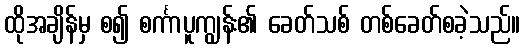
ထိုအချိန်မှ စ၍ စင်္ကာပူကျွန်း၏ ခေတ်သစ် တစ်ခေတ်စခဲ့သည်။